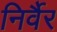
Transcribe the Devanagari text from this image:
निर्वैर